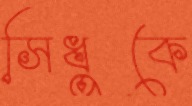
সিধুকে